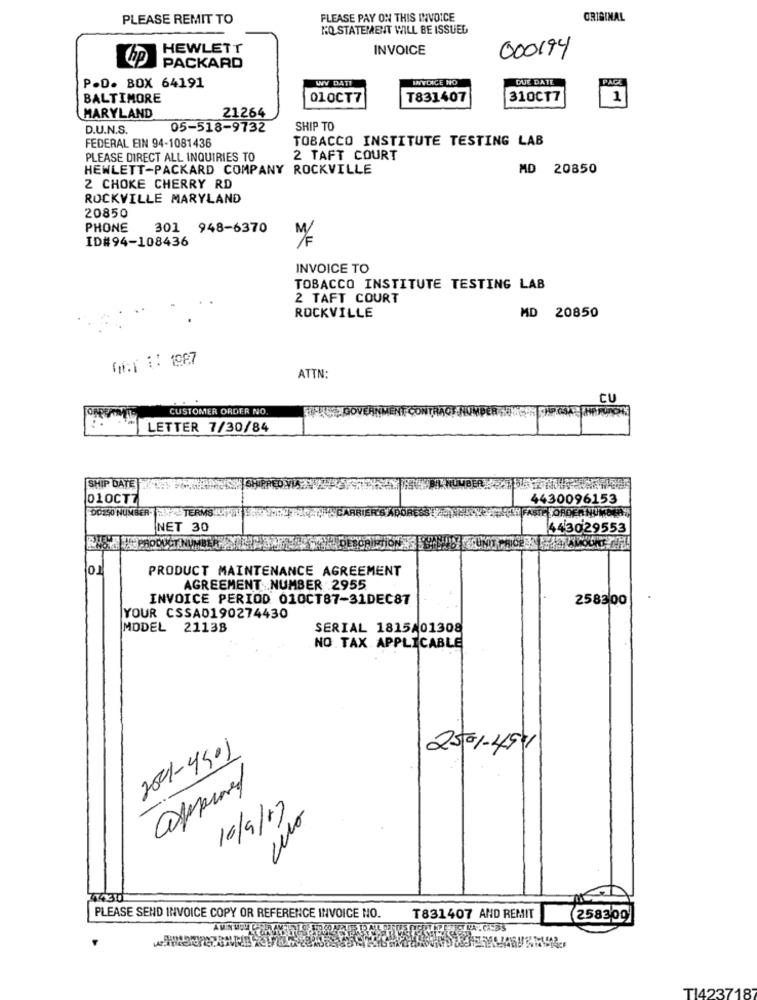
PLEASE REMIT TO
PLEASE PAY ON THIS INVOICE
ORIGINAL
NO STATEMENT WILL BE ISSUED
HEWLETT
INVOICE
Chp
000194
PACKARD
WY DAT!
INVENCE NO
DUE DATE
PACA
P.D. BOX 64191
BALTIMORE
01OCT7
T831407
310CT7
1
MARYLAND
21264
D.U.N.S.
05-518-9732
SHIP TO
FEDERAL EIN 94-1081436
TOBACCO INSTITUTE TESTING LAB
PLEASE DIRECT ALL INQUIRIES TO
2 TAFT COURT
HEWLETT-PACKARD COMPANY ROCKVILLE
MD 20850
2 CHOKE CHERRY RD
ROCKVILLE MARYLAND
20850
PHONE
301 948-6370
ID#94-108436
INVOICE TO
TOBACCO INSTITUTE TESTING LAB
2 TAFT COURT
ROCKVILLE
MD 20850
ON:1 :: 1987
ATTN:
CU
CUSTOMER ORDER NO
LETTER 7/30/84
SHIP DATE
01OCT7
4430096153
DO250 NUMBER BF TERMS
FASTE ORDERNUMO
NET 30
443029553
DUCT NU
PRODUCT MAINTENANCE AGREEMENT
AGREEMENT .NUMBER 2955
INVOICE PERIOD 010CT87-31DEC87
258300
YOUR CSSA0190274430
MODEL 21138
SERIAL 1815/01308
NO TAX APPLICABLE
200-4501
2501-45/
approved
16/9/17
4430
PLEASE SEND INVOICE COPY OR REFERENCE INVOICE NO.
T831407 AND REMIT
258300
TI423718